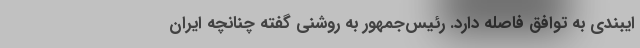
ایبندی به توافق فاصله دارد. رئیس‌جمهور به روشنی گفته چنانچه ایران